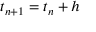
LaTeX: t _ { n + 1 } = t _ { n } + h